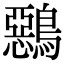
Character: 𪅴